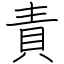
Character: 責